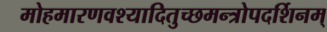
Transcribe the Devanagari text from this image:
मोहमारणवश्यादितुच्छमन्त्रोपदर्शिनम्